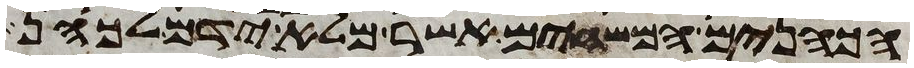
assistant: הכהנים המשחים אשר מלא ידם לכהן